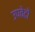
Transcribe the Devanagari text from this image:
उपवेदाें